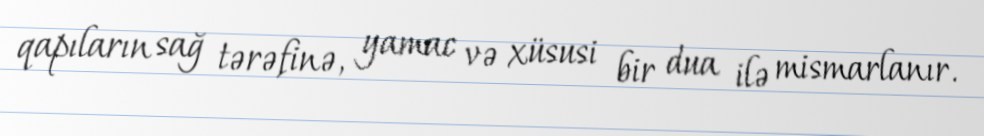
qapıların sağ tərəfinə, yamac və xüsusi bir dua ilə mismarlanır.